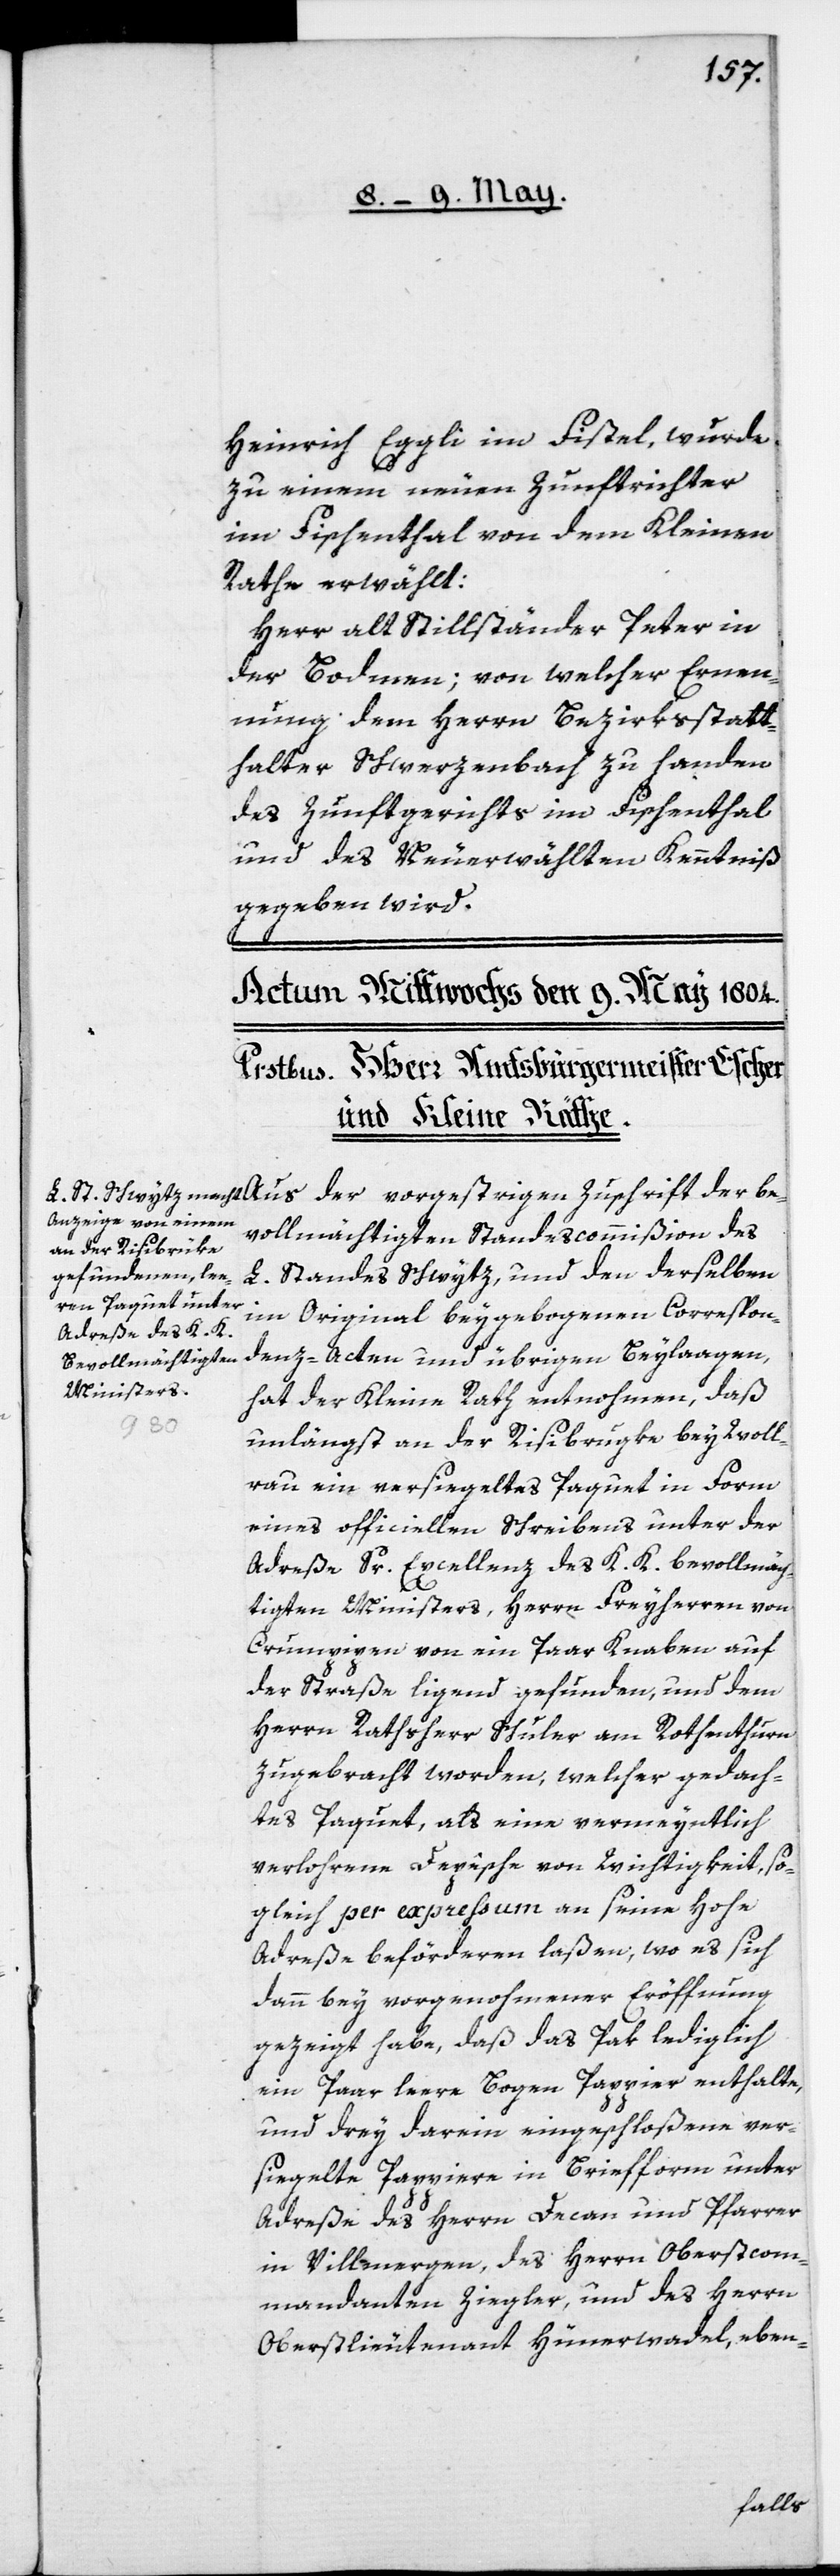
zu einem neuen Zunftrichter
im Fischenthal von dem Kleinen
Rathe erwählt:
Herr alt Stillständer Peter in
der Bodmen; von welcher Ernen¬
nung dem Herrn Bezirksstatt¬
halter Schwerzenbach zu Handen
des Zunftgerichts im Fischenthal
und des Neuerwählten Kenntniß
gegeben wird.
Aus der vorgestrigen Zuschrift der be¬
vollmächtigten Standescommißion des
L. Standes Schwytz, und den derselben
im Original beygebogenen Correspon¬
denz-Acten und übrigen Beylaagen,
hat der Kleine Rath entnohmen, daß
unlängst an der Risibrügke bey Wolle¬
rau ein versiegeltes Paquet in Form
eines officiellen Schreibens unter der
Adreße Sr. Excellenz des K .K. bevollmäch¬
tigten Ministers, Herrn Freyherrn von
Crumpipen von ein Paar Knaben auf
der Straße ligend gefunden, und dem
Herrn Rathsherr Schuler am Rothenthurm
zugebracht worden, welcher gedach¬
tes Paquet, als eine vermeyntlich
verlossrene Depêche von Wichtigkeit, so¬
gleich per expreßum an seine Hohe
Adreße befördern laßen, wo es sich
dann bey vorgenohmener Eröffnung
gezeigt habe, daß das Pak lediglich
ein Paar leere Bogen Papier enthalte,
und drey darein eingeschloßene ver¬
siegelte Pappiere in Briefform unter
Adreße des Herrn Decan und Pfarrer
in Villmergen, des Herrn Oberstcom¬
mandanten Ziegler, und des Herrn
Oberstlieutenant Hünerwadel, eben-